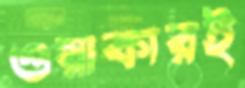
ওয়াকারই